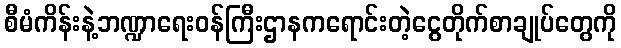
စီမံကိန်းနဲ့ဘဏ္ဍာရေးဝန်ကြီးဌာနကရောင်းတဲ့ငွေတိုက်စာချုပ်တွေကို